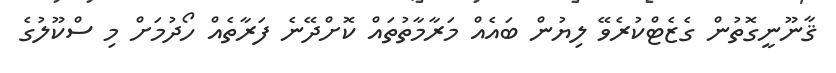
ޤާނޫނީގޮތުން ގެޒެޓްކުރެވޭ ލިޔުން ބައެއް މަރާމާތުތައް ކޮށްދޭނެ ފަރާތެއް ހޯދުމަށް މި ސްކޫލުގެ